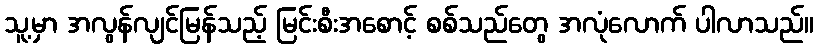
သူ့မှာ အလွန်လျင်မြန်သည့် မြင်းစီးအစောင့် စစ်သည်တွေ အလုံလောက် ပါလာသည်။